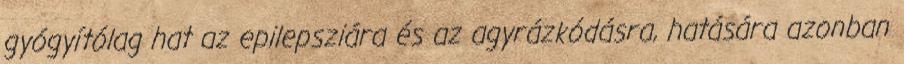
gyógyítólag hat az epilepsziára és az agyrázkódásra, hatására azonban